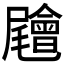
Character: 𡳳